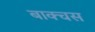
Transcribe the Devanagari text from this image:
बाक्चस